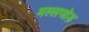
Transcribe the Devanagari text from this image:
मल्लजोड़